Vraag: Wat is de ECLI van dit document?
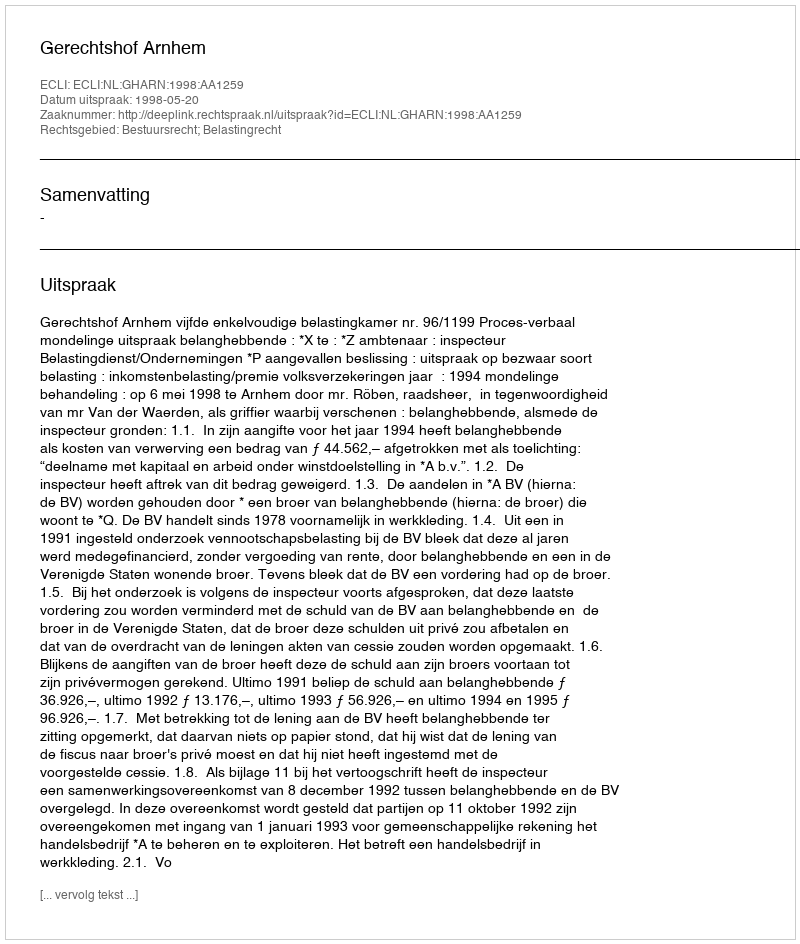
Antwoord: ECLI:NL:GHARN:1998:AA1259